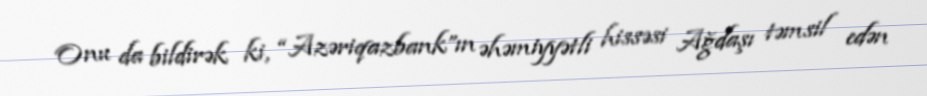
Onu da bildirək ki, “Azəriqazbank”ın əhəmiyyətli hissəsi Ağdaşı təmsil edən